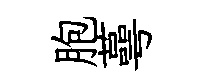
胞蕚